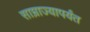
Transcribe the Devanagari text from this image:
साम्राज्यापर्यंत